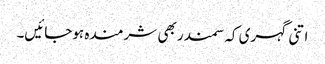
اتنی گہری کہ سمندر بھی شرمندہ ہوجائیں۔